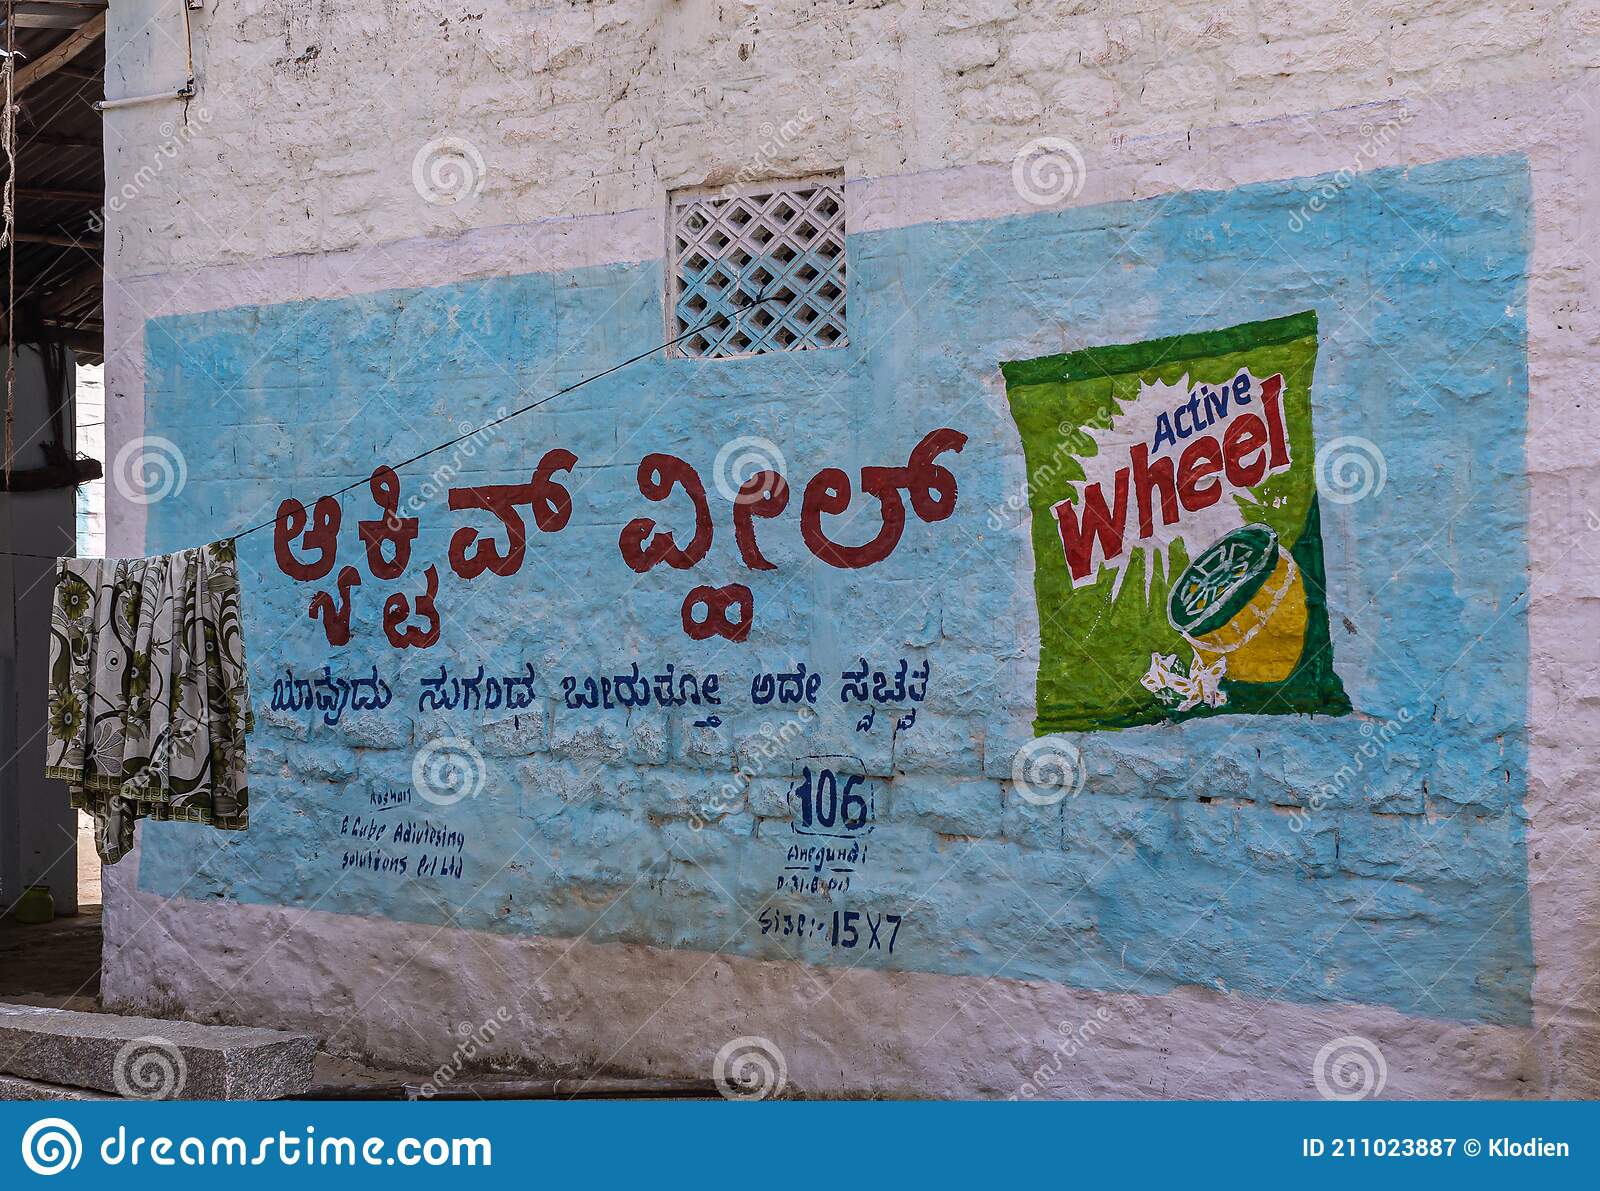
Language: kannada
Transcription: ಬಿರುತ್ತೋ ವ್ಹೀಲ್ ಸುಗಂದ ಅದೇ ಸ್ವಚ್ಛತ ಆ್ಯಕ್ವಿವ್ ಯಾವುದು